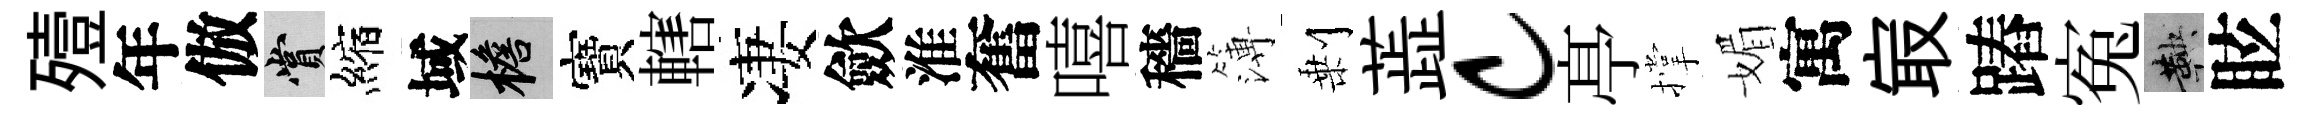
殪年倣賞縮域檐寶轄凄歛淮奮嘻穡簿剰蕋c𠅘撑媚寓㝡蹖寃鞅眩